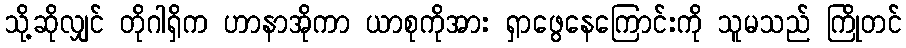
သို့ဆိုလျှင် တိုဂါရှိက ဟာနာအိုကာ ယာစုကိုအား ရှာဖွေနေကြောင်းကို သူမသည် ကြိုတင်